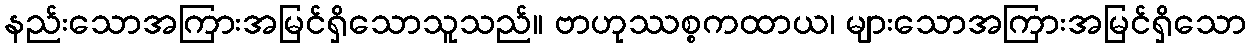
နည်းသောအကြားအမြင်ရှိသောသူသည်။ ဗာဟုဿစ္စကထာယ၊ များသောအကြားအမြင်ရှိသော